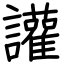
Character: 讙